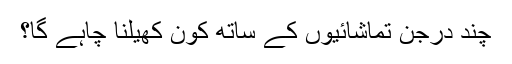
چند درجن تماشائیوں کے ساتھ کون کھیلنا چاہے گا؟